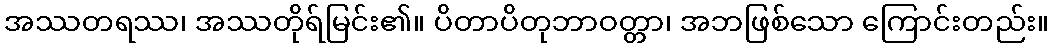
အဿတရဿ၊ အဿတိုရ်မြင်း၏။ ပိတာပိတုဘာဝတ္တာ၊ အဘဖြစ်သော ကြောင်းတည်း။